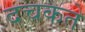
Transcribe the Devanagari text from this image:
दचकते